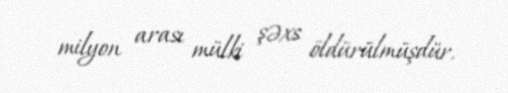
milyon arası mülki şəxs öldürülmüşdür.